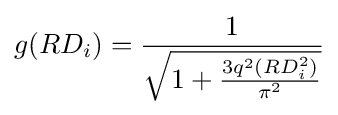
g(RD_{i})={\frac {1}{\sqrt {1+{\frac {3q^{2}(RD_{i}^{2})}{\pi ^{2}}}}}}